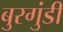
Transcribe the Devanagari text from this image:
बुरगुंडी